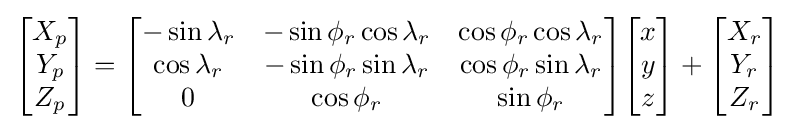
{\begin{bmatrix}X_{p}\\Y_{p}\\Z_{p}\end{bmatrix}}={\begin{bmatrix}-\sin \lambda _{r}&-\sin \phi _{r}\cos \lambda _{r}&\cos \phi _{r}\cos \lambda _{r}\\\cos \lambda _{r}&-\sin \phi _{r}\sin \lambda _{r}&\cos \phi _{r}\sin \lambda _{r}\\0&\cos \phi _{r}&\sin \phi _{r}\end{bmatrix}}{\begin{bmatrix}x\\y\\z\end{bmatrix}}+{\begin{bmatrix}X_{r}\\Y_{r}\\Z_{r}\end{bmatrix}}